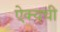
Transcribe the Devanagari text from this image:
ऐक्यची